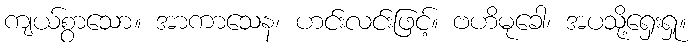
ကျယ်စွာသော။ အာကာသေန၊ ဟင်းလင်းဖြင့်။ ဗဟိမုခေါ၊ အပသို့ရှေးရှု။